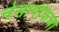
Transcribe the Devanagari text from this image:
चेसापीकचा